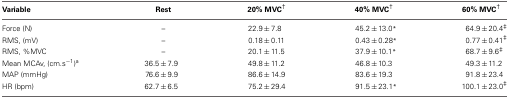
| Variable | Rest | 20% MVC† | 40% MVC† | 60% MVC† |
 | --- | --- | --- | --- | --- |
 | Force (N) | – | 22.9 ± 7.8 | 45.2 ± 13.0* | 64.9 ± 20.4‡ |
 | RMS, (mV) | – | 0.18 ± 0.11 | 0.43 ± 0.28* | 0.77 ± 0.41‡ |
 | RMS, %MVC | – | 20.1 ± 11.5 | 37.9 ± 10.1* | 68.7 ± 9.6‡ |
 | Mean MCAv, (cm.s−1)a | 36.5 ± 7.9 | 49.8 ± 11.2 | 46.8 ± 10.3 | 49.3 ± 11.2 |
 | MAP (mmHg) | 76.6 ± 9.9 | 86.6 ± 14.9 | 83.6 ± 19.3 | 91.8 ± 23.4 |
 | HR (bpm) | 62.7 ± 6.5 | 75.2 ± 29.4 | 91.5 ± 23.1* | 100.1 ± 23.0‡ |